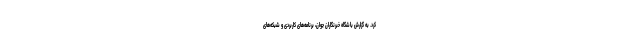
کرد. به گزارش باشگاه خبرنگاران جوان، برنامه‌های کاربردی و شبکه‌های